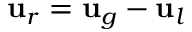
\mathbf { u } _ { r } = \mathbf { u } _ { g } - \mathbf { u } _ { l }